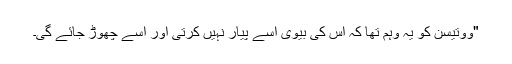
"ووتیسن کو یہ وہم تھا کہ اس کی بیوی اسے پیار نہیں کرتی اور اسے چھوڑ جائے گی۔